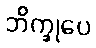
ဘိက္ခုပေ